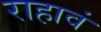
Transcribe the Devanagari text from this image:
राहावं